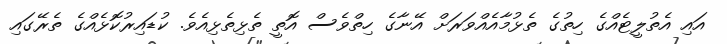
އައި އެތުލީޓެއްގެ ހިތުގެ ތެޅުމާއެއްވަރަށް އޭނާގެ ހިތްވެސް އޮތީ ތެޅިތެޅިއެވެ. ކުޑައިރުކޮޅެއްގެ ތެރޭގައި